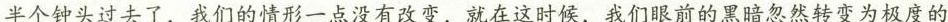
半个钟头过去了，我们的情形一点没有改变，就在这时候，我们眼前的黑暗忽然转变为极度的